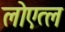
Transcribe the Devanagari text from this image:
लोएत्ल